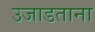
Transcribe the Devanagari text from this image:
उजाडताना